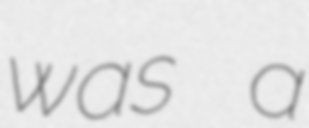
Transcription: was a